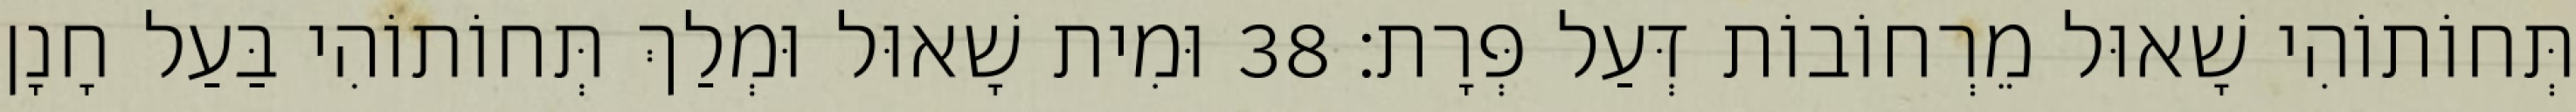
תְּחוֹתוֹהִי שָׁאוּל מֵרְחוֹבוֹת דְּעַל פְּרָת׃ 38 וּמִית שָׁאוּל וּמְלַךְ תְּחוֹתוֹהִי בַּעַל חָנָן